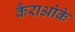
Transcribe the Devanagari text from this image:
कैराओके